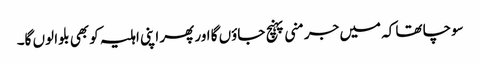
سوچا تھا کہ میں جرمنی پہنچ جاؤں گا اور پھر اپنی اہلیہ کو بھی بلوا لوں گا۔